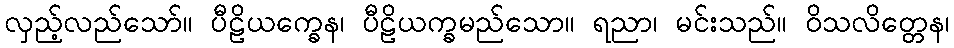
လှည့်လည်သော်။ ပီဠိယက္ခေန၊ ပီဠိယက္ခမည်သော။ ရညာ၊ မင်းသည်။ ဝိသလိတ္တေန၊